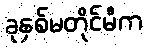
ခုနှစ်မတိုင်မီက